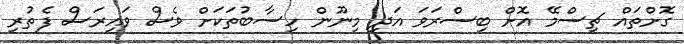
ގޮށްތައް ޗިސްމޭ އޮށް ބިސްރަވަ އަދި މިނޫން ހިސާބުތަކަށް ވެސް ވައިރަސް ފެތުރި